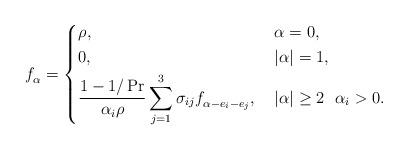
LaTeX: \begin{align*} f^{}_{\alpha} = \left\{ \begin{aligned} & \rho, & & ~ \alpha = 0, \\ & 0, & & ~ |\alpha| = 1, \\ & \frac{1-1/\Pr}{\alpha_i \rho} \sum_{j=1}^3 \sigma_{ij} f^{}_{\alpha - e_i - e_j}, & & {}~ |\alpha| \geq 2 ~{}~ \alpha_i > 0. \end{aligned} \right.\end{align*}